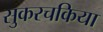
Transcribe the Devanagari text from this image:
सुकरचकिया